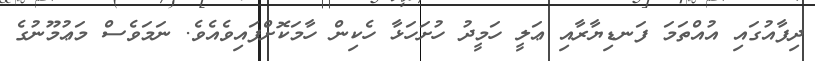
ދިފާއުގައި އުއްތަމަ ފަނޑިޔާރާއި ޢަލީ ހަމީދު ހުށަހަޅާ ހެކިން ހާމަކޮށްފައިވެއެވެ. ނަމަވެސް މަޢުމޫނުގެ